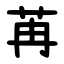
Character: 苒